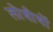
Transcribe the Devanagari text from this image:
लोधीयों